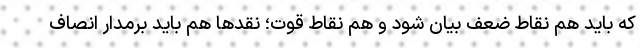
که باید هم نقاط ضعف بیان شود و هم نقاط قوت؛ نقدها هم باید برمدار انصاف